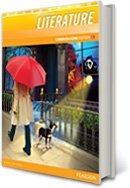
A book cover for Prentice hall literature (common core edition) (teachers edition grade 6) (Prentice Hall and Texas Instruments Digital Signal Processing Series); Texas Instruments Incorporated; Computers & Technology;